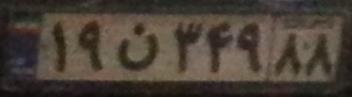
۱۹ن۳۴۹۸۸